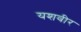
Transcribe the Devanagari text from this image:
यशवीर